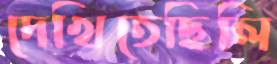
দেখিতেছিলি